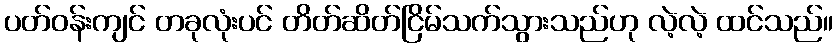
ပတ်ဝန်းကျင် တခုလုံးပင် တိတ်ဆိတ်ငြိမ်သက်သွားသည်ဟု လဲ့လဲ့ ထင်သည်။